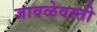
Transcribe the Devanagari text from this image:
जावळेवस्ती